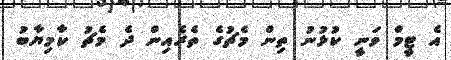
އެ ޓީމް ވަނީ ކުޅުނު ތިން މެޗުގެ ތެރެއިން ދެ މެޗު ކާމިޔާބު